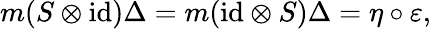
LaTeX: m(S\otimes\mathrm{id})\Delta=m(\mathrm{id}\otimes S)\Delta=\eta\circ\varepsilon,